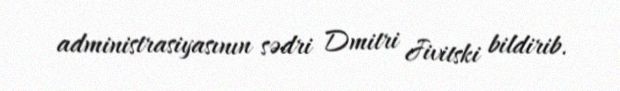
administrasiyasının sədri Dmitri Jivitski bildirib.